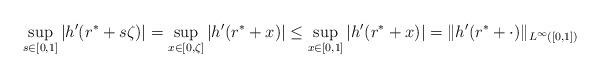
LaTeX: \begin{align*}\sup_{s\in[0,1]}|h'(r^* + s \zeta)| = \sup_{x\in[0,\zeta]} |h'(r^* + x)| \leq \sup_{x\in[0,1]} |h'(r^* + x)| = \|h'(r^*+\cdot)\|_{L^{\infty}([0,1])}\end{align*}